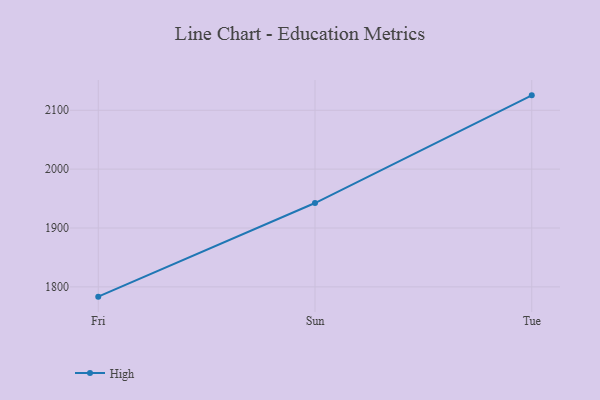
{"axis": {"x": "Day", "y": "Market Share (%)"}, "legend": ["High"], "data": [{"x": "Fri", "y": 1783.4, "type": "High"}, {"x": "Sun", "y": 1942.4, "type": "High"}, {"x": "Tue", "y": 2125.3, "type": "High"}]}